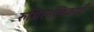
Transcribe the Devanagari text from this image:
रुधिरनलिकाएँ